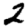
Digit: 2